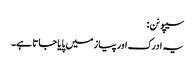
سیپو نن:
یہ ادرک اور پیاز میں پایا جاتا ہے۔